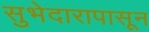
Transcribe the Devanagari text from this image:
सुभेदारापासून